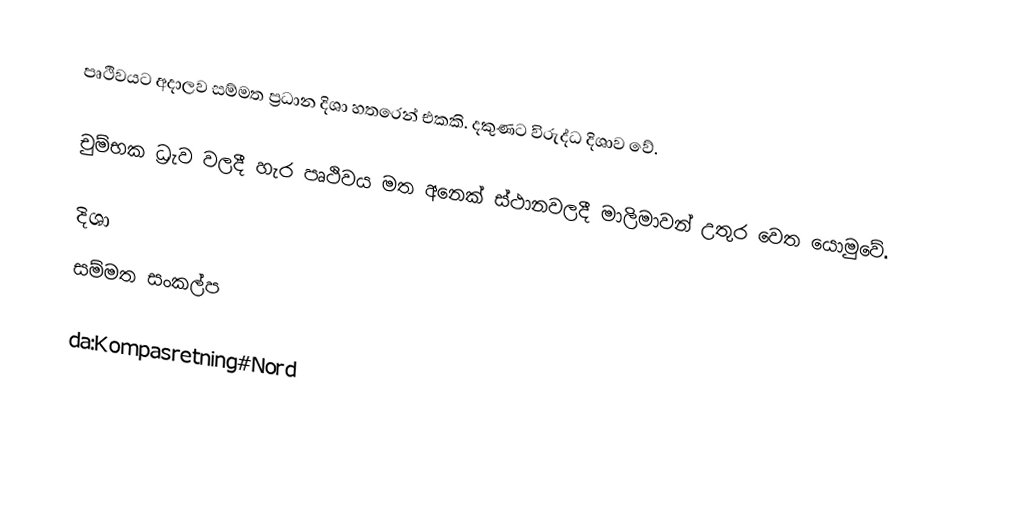
පෘථිවයට අදාලව සම්මත ප්‍රධාන දිශා හතරෙන් එකකි. දකුණට විරුද්ධ දිශාව වේ.

චුම්භක ධ්‍රැව වලදී හැර පෘථිවය මත අනෙක් ස්ථානවලදී මාලිමාවන් උතුර වෙත යොමුවේ.

දිශා
සම්මත සංකල්ප

da:Kompasretning#Nord